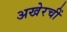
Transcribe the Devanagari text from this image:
अखेरचीं